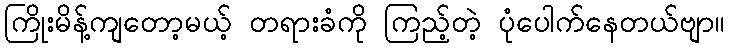
ကြိုးမိန့်ကျတော့မယ့် တရားခံကို ကြည့်တဲ့ ပုံပေါက်နေတယ်ဗျာ။